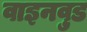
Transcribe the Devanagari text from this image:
वाइनवुड